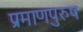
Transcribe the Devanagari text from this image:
प्रमाणपुरुष